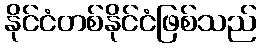
နိုင်ငံတစ်နိုင်ငံဖြစ်သည်